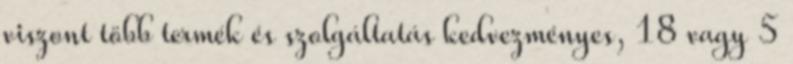
viszont több termék és szolgáltatás kedvezményes, 18 vagy 5